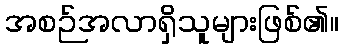
အစဉ်အလာရှိသူများဖြစ်၏။